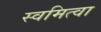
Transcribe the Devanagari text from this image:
स्वमित्वा